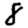
Digit: 8